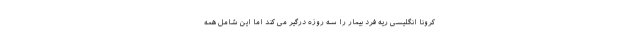
کرونا انگلیسی ریه فرد بیمار را سه روزه درگیر می کند اما این شامل همه